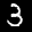
Label: 3